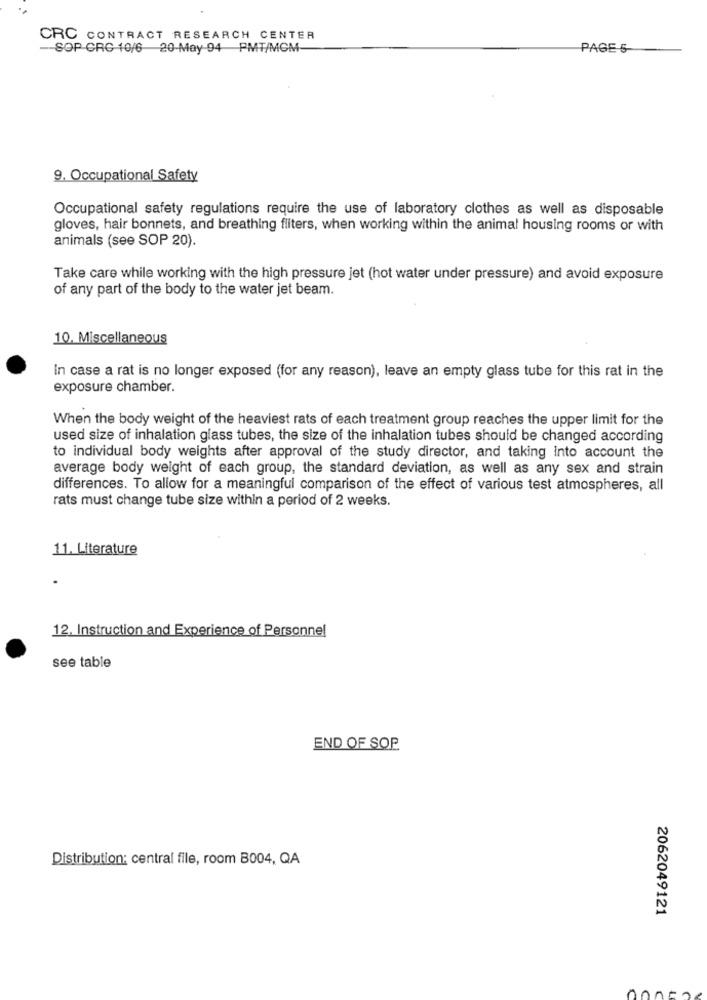
CRC CONTRACT RESEARCH CENTER
- SOP CRC 10/6 20-May-94 PMT/MOM
PAGE S
9. Occupational Safety
Occupational safety regulations require the use of laboratory clothes as well as disposable
gloves, hair bonnets, and breathing fliters, when working within the animal housing rooms or with
animals (see SOP 20).
Take care while working with the high pressure jet (hot water under pressure) and avoid exposure
of any part of the body to the water jet beam.
10. Miscellaneous
In case a rat is no longer exposed (for any reason), leave an empty glass tube for this rat in the
exposure chamber.
When the body weight of the heaviest rats of each treatment group reaches the upper limit for the
used size of inhalation glass tubes, the size of the inhalation tubes should be changed according
to individual body weights after approval of the study director, and taking into account the
average body weight of each group, the standard deviation, as well as any sex and strain
differences. To allow for a meaningful comparison of the effect of various test atmospheres, all
rats must change tube size within a period of 2 weeks.
11. Literature
12. Instruction and Experience of Personnel
see table
END OF SOP
Distribution: central file, room B004, QA
2062049121
poner